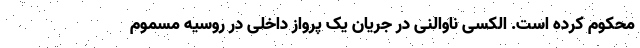
محکوم کرده است. الکسی ناوالنی در جریان یک پرواز داخلی در روسیه مسموم